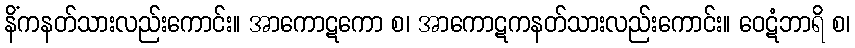
နိံကနတ်သားလည်းကောင်း။ အာကောဋကော စ၊ အာကောဋကနတ်သားလည်းကောင်း။ ဝေဋံဘာရိ စ၊